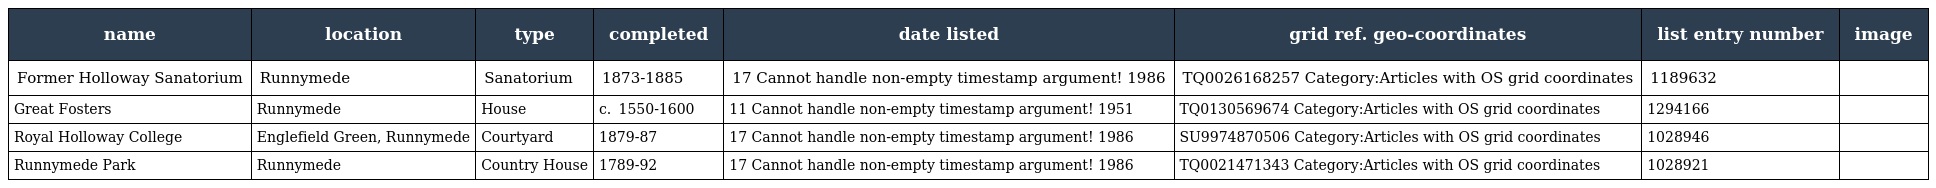
| name | location | type | completed | date listed | grid ref. geo-coordinates | list entry number | image |
 | --- | --- | --- | --- | --- | --- | --- | --- |
 | Former Holloway Sanatorium | Runnymede | Sanatorium | 1873-1885 | 17 Cannot handle non-empty timestamp argument! 1986 | TQ0026168257 Category:Articles with OS grid coordinates | 1189632 |  |
 | Great Fosters | Runnymede | House | c.  1550-1600 | 11 Cannot handle non-empty timestamp argument! 1951 | TQ0130569674 Category:Articles with OS grid coordinates | 1294166 |  |
 | Royal Holloway College | Englefield Green, Runnymede | Courtyard | 1879-87 | 17 Cannot handle non-empty timestamp argument! 1986 | SU9974870506 Category:Articles with OS grid coordinates | 1028946 |  |
 | Runnymede Park | Runnymede | Country House | 1789-92 | 17 Cannot handle non-empty timestamp argument! 1986 | TQ0021471343 Category:Articles with OS grid coordinates | 1028921 |  |